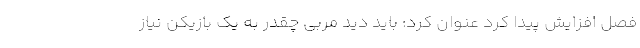
فصل افزایش پیدا کرد عنوان کرد: باید دید مربی چقدر به یک بازیکن نیاز